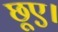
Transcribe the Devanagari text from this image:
छूए।